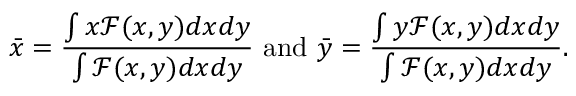
\bar { x } = \frac { \int x \mathcal { F } ( x , y ) d x d y } { \int \mathcal { F } ( x , y ) d x d y } \mathrm { ~ a n d ~ } \bar { y } = \frac { \int y \mathcal { F } ( x , y ) d x d y } { \int \mathcal { F } ( x , y ) d x d y } .